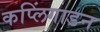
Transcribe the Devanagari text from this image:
कप्लिंगाडन